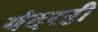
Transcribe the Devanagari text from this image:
बंदरही